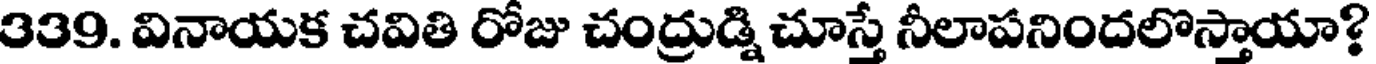
339. వినాయక చవితి రోజు చంద్రుడ్ని చూస్తే నీలాపనిందలొస్తాయా?